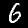
Label: 6